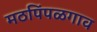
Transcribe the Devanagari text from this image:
मठपिंपळगाव